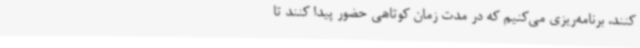
کنند، برنامه‌ریزی می‌کنیم که در مدت زمان کوتاهی حضور پیدا کنند تا